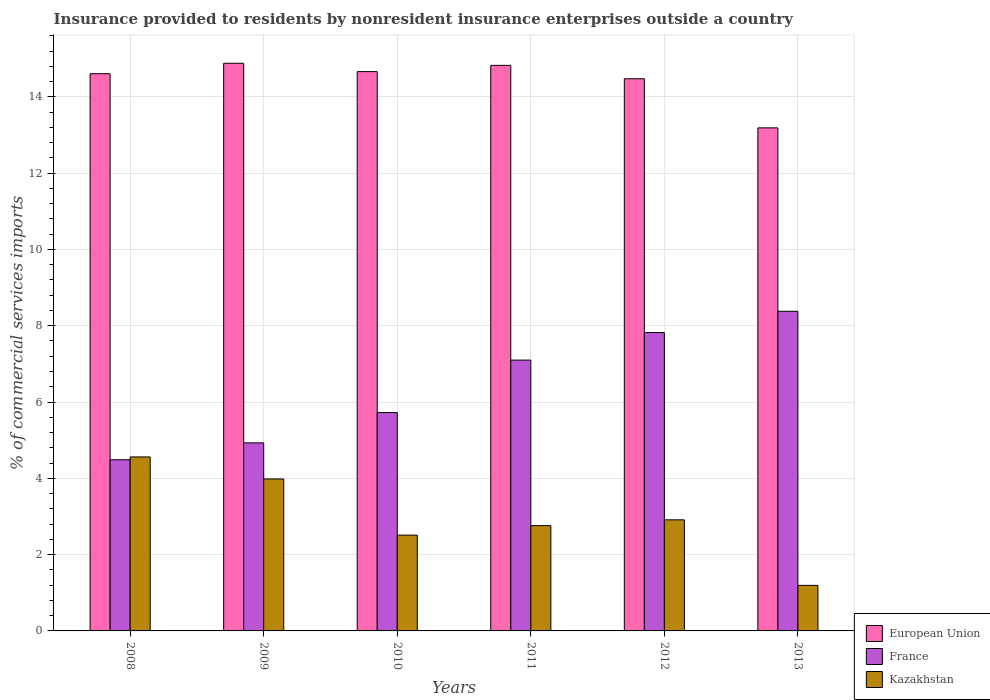
| Years | European Union | France | Kazakhstan |
 | --- | --- | --- | --- |
 | 2008 | 14.6 | 4.49 | 4.56 |
 | 2009 | 14.9 | 4.93 | 3.98 |
 | 2010 | 14.7 | 5.72 | 2.51 |
 | 2011 | 14.8 | 7.1 | 2.76 |
 | 2012 | 14.5 | 7.82 | 2.91 |
 | 2013 | 13.2 | 8.38 | 1.19 |